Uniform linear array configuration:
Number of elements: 24
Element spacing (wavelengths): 1
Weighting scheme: blackman
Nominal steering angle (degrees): -60
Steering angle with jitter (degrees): -59.04
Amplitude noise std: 0.05
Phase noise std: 0.05

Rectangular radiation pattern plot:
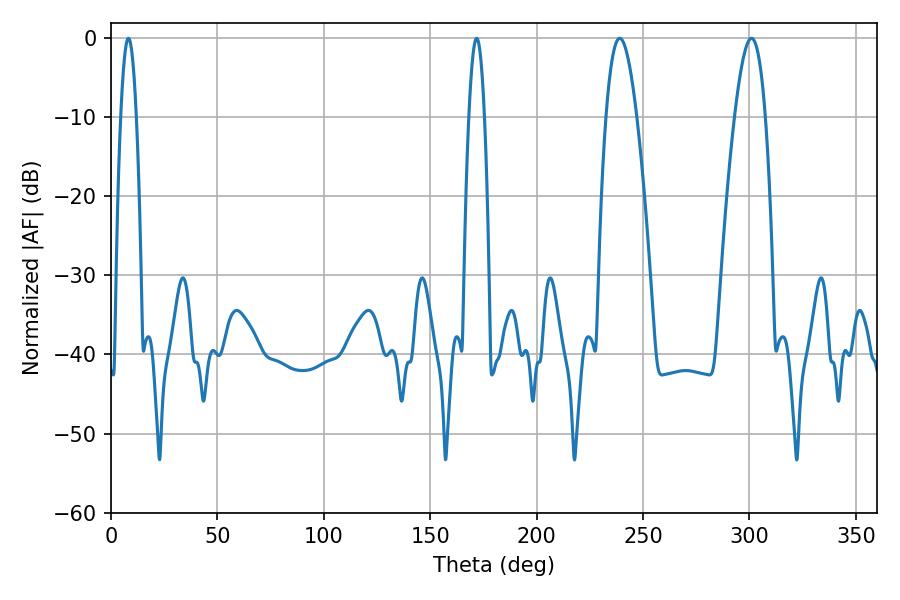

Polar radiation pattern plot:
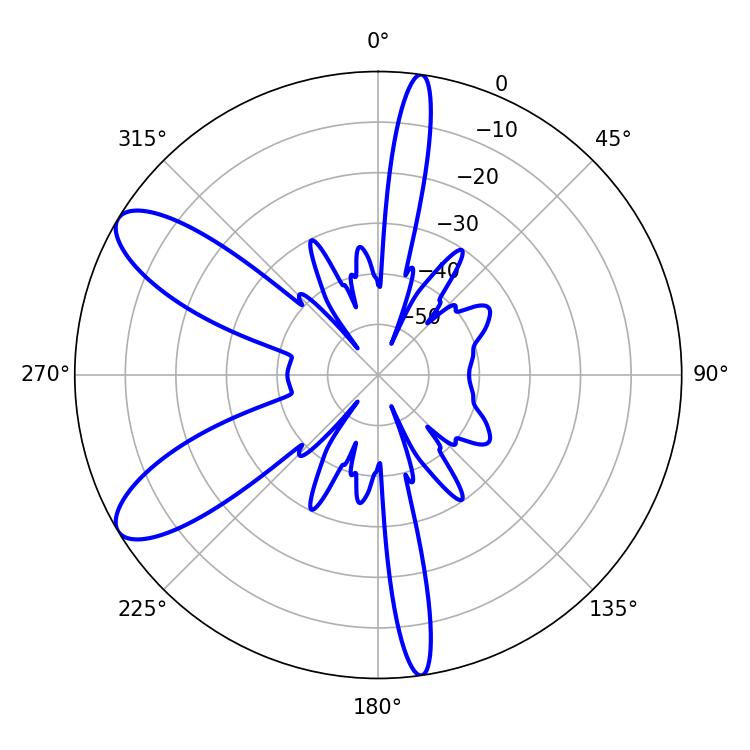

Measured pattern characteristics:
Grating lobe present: TRUE
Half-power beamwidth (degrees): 7.92
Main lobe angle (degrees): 239.04